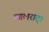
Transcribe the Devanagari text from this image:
व्यालराट्।